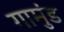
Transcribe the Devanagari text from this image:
गामुंड